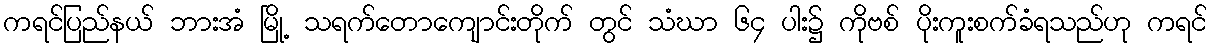
ကရင်ပြည်နယ် ဘားအံ မြို့ သရက်တောကျောင်းတိုက် တွင် သံဃာ ၆၄ ပါး၌ ကိုဗစ် ပိုးကူးစက်ခံရသည်ဟု ကရင်